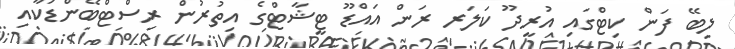
ލިބޭ ފަން ކިޓްގައި އުރީދޫ ކަލަރ ރަން އައްޑޫ ޓީޝާޓްގެ އިތުރުން ރިސްޓްބޭންޑަކާއި